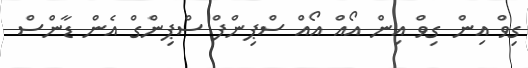
ގިވް އިން ގިވް އިން އޯއް އޯއް ސްޕިންފް ސްޕިންގް އެން ޑާންްސް